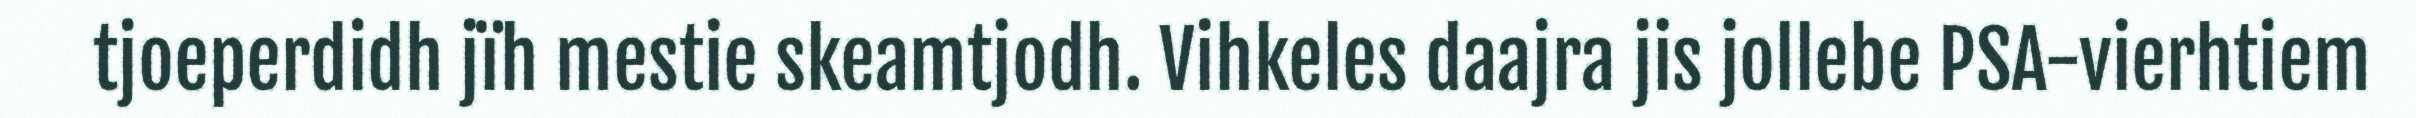
tjoeperdidh jïh mestie skeamtjodh. Vihkeles daajra jis jollebe PSA-vierhtiem